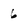
Character: 6